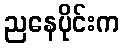
ညနေပိုင်းက